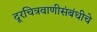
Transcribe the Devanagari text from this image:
दूरचित्रवाणीसंबंधीचे